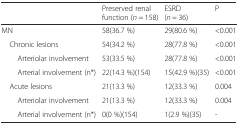
|  | Preserved renal function (n = 158) | ESRD (n = 36) | P |
 | --- | --- | --- | --- |
 | MN | 58(36.7 %) | 29(80.6 %) | <0.001 |
 | Chronic lesions | 54(34.2 %) | 28(77.8 %) | <0.001 |
 | Arteriolar involvement | 53(33.5 %) | 28(77.8 %) | <0.001 |
 | Arterial involvement (n*) | 22(14.3 %)(154) | 15(42.9 %)(35) | <0.001 |
 | Acute lesions | 21(13.3 %) | 12(33.3 %) | 0.004 |
 | Arteriolar involvement | 21(13.3 %) | 12(33.3 %) | 0.004 |
 | Arterial involvement (n*) | 0(0 %)(154) | 1(2.9 %)(35) | - |